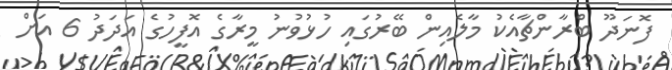
ފޮނަދޫ ބްރާންޗާއެކު މާލެއިން ބޭރުގައި ހުޅުވުނު މީރާގެ އޮފީހުގެ އަދަދު 6 އަށް